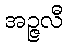
အဉ္ဇလီ